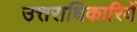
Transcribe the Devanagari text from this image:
उत्तराधिकारियें